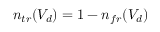
n _ { t r } ( V _ { d } ) = 1 - n _ { f r } ( V _ { d } )